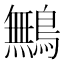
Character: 鷡